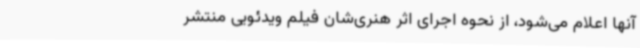
آنها اعلام می‌شود، از نحوه اجرای اثر هنری‌شان فیلم ویدئویی منتشر